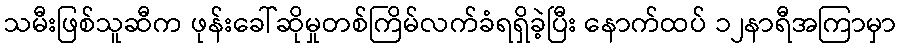
သမီးဖြစ်သူဆီက ဖုန်းခေါ်ဆိုမှုတစ်ကြိမ်လက်ခံရရှိခဲ့ပြီး နောက်ထပ် ၁၂နာရီအကြာမှာ